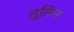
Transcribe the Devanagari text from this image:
तूतिन